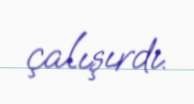
çalışırdı.